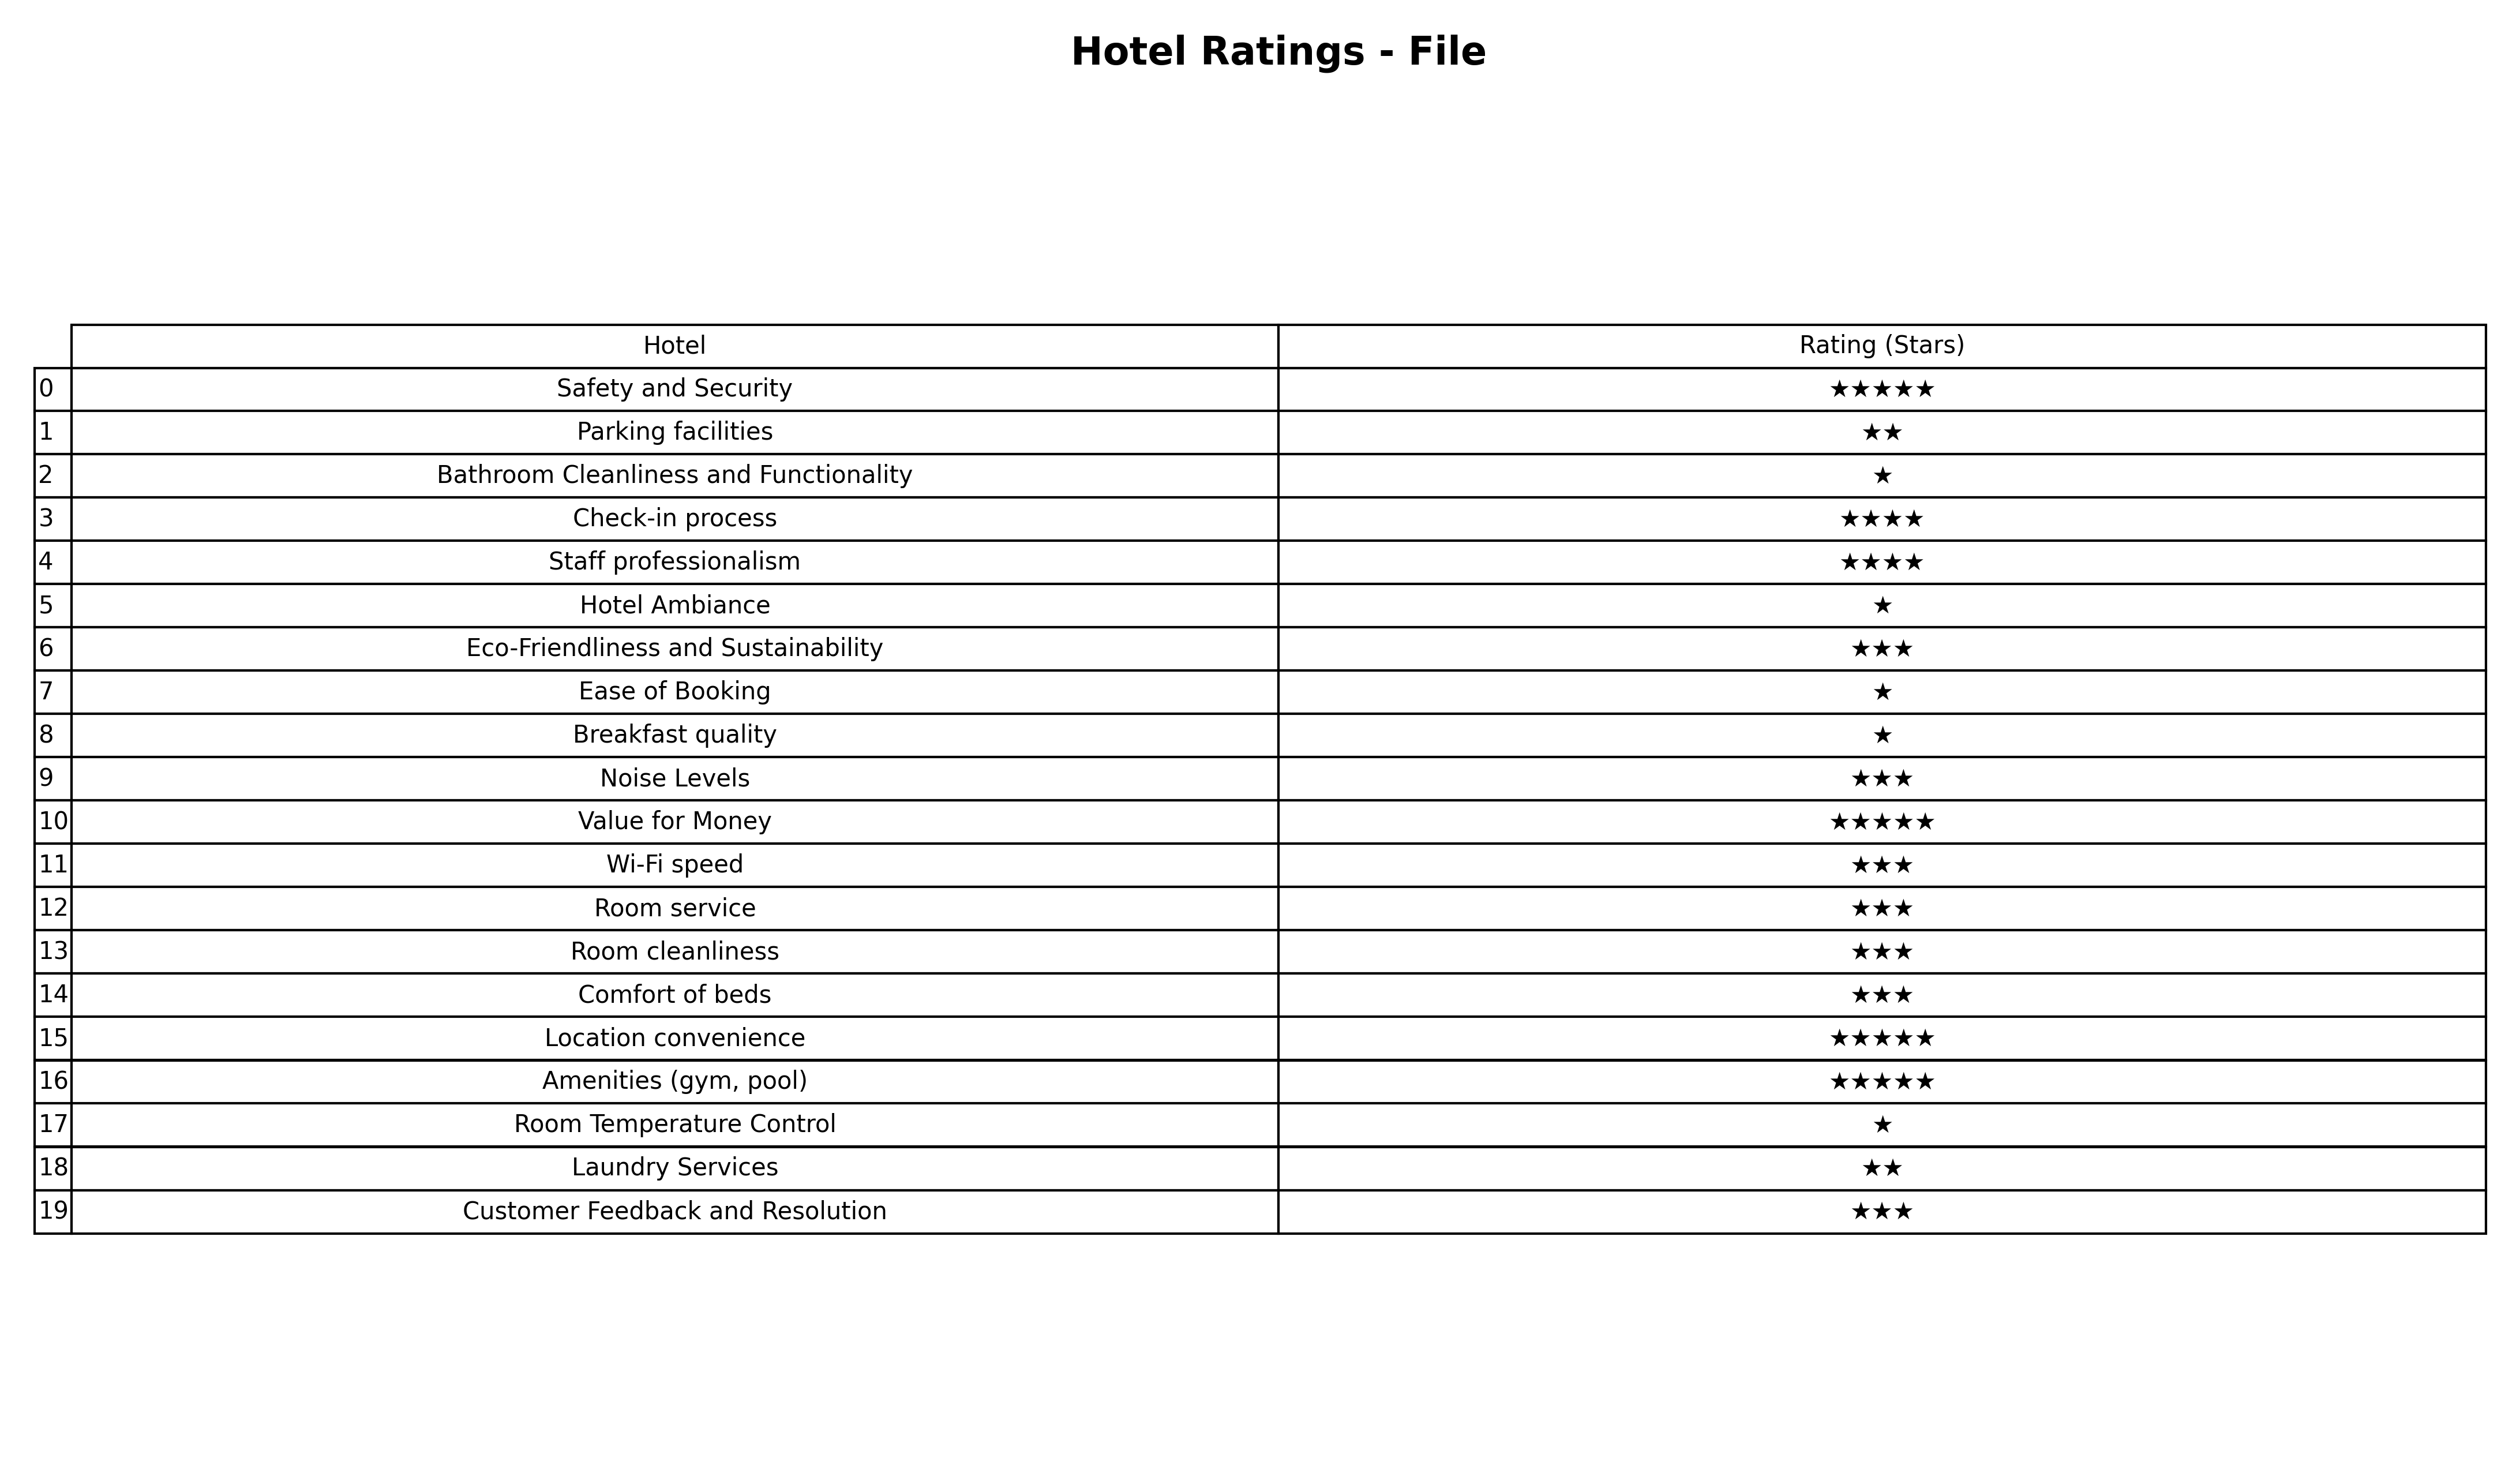
question: What are five star services?
answer: Safety and SecurityValue for MoneyLocation convenienceAmenities (gym, pool)